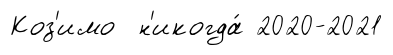
Коз'имо н'икогда́ 2020-2021